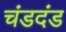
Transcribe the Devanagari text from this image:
चंडदंड